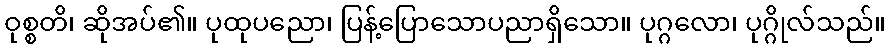
ဝုစ္စတိ၊ ဆိုအပ်၏။ ပုထုပညော၊ ပြန့်ပြောသောပညာရှိသော။ ပုဂ္ဂလော၊ ပုဂ္ဂိုလ်သည်။